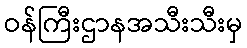
ဝန်ကြီးဌာနအသီးသီးမှ